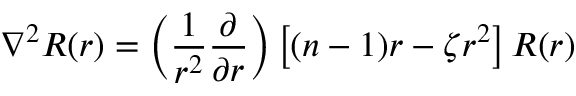
\nabla ^ { 2 } R ( r ) = \left( { \frac { 1 } { r ^ { 2 } } } { \frac { \partial } { \partial r } } \right) \left[ ( n - 1 ) r - \zeta r ^ { 2 } \right] R ( r )